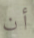
أن